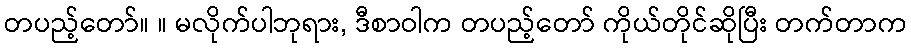
တပည့်တော်။ ။ မလိုက်ပါဘုရား, ဒီစာဝါက တပည့်တော် ကိုယ်တိုင်ဆိုပြီး တက်တာက